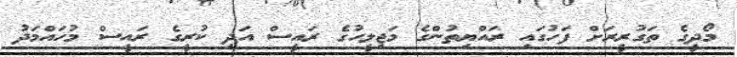
މޯދީގެ ތަގުރީރަށް ފަހުގައި ރައްޔިތުންގެ މަޖިލީހުގެ ރައީސް އަދި ކުރީގެ ރައީސް މުހައްމަދު